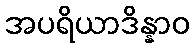
အပရိယာဒိန္နာဝ